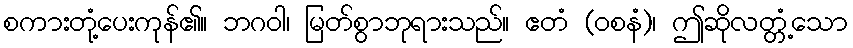
စကားတုံ့ပေးကုန်၏။ ဘဂဝါ၊ မြတ်စွာဘုရားသည်။ ဧတံ (ဝစနံ)၊ ဤဆိုလတ္တံ့သော